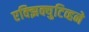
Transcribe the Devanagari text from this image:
एक्झिक्युटिव्हने